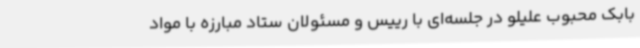
بابک محبوب علیلو در جلسه‌ای با رییس و مسئولان ستاد مبارزه با مواد